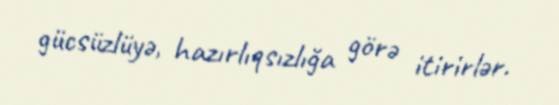
gücsüzlüyə, hazırlıqsızlığa görə itirirlər.